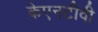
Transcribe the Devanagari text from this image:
केएनटीवी